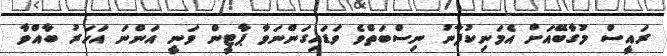
ރައީސް މުގާބޭއަށް އެމަނިކުފާނު ނިސްބަތްވެ ވަޑައިގަންނަވާ ޕާޓީން ވަނީ އަންނަ އަހަރު ބާއްވާ